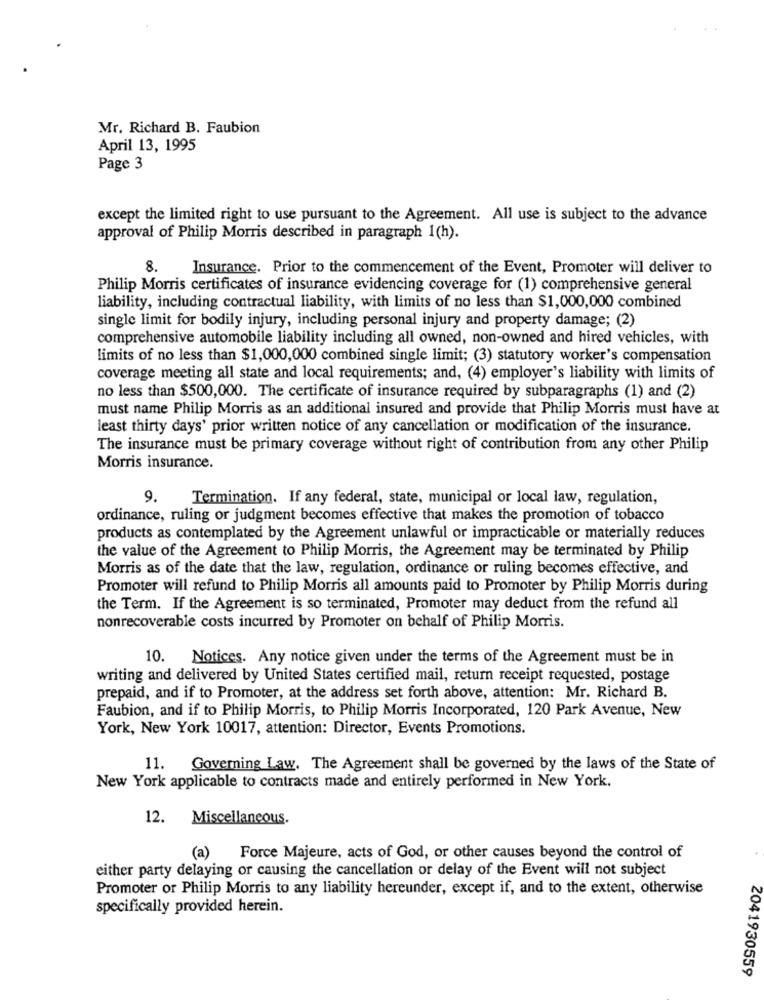
Mr. Richard B. Faubion
April 13, 1995
Page 3
except the limited right to use pursuant to the Agreement. All use is subject to the advance
approval of Philip Morris described in paragraph 1(h).
8.
Insurance. Prior to the commencement of the Event, Promoter will deliver to
Philip Morris certificates of insurance evidencing coverage for (1) comprehensive general
liability, including contractual liability, with limits of no less than $1,000,000 combined
single limit for bodily injury, including personal injury and property damage; (2)
comprehensive automobile liability including all owned, non-owned and hired vehicles, with
limits of no less than $1,000,000 combined single limit; (3) statutory worker's compensation
coverage meeting all state and local requirements; and, (4) employer's liability with limits of
no less than $500,000. The certificate of insurance required by subparagraphs (1) and (2)
must name Philip Morris as an additional insured and provide that Philip Morris must have at
least thirty days' prior written notice of any cancellation or modification of the insurance.
The insurance must be primary coverage without right of contribution from any other Philip
Morris insurance.
9.
Termination. If any federal, state, municipal or local law, regulation,
ordinance, ruling or judgment becomes effective that makes the promotion of tobacco
products as contemplated by the Agreement unlawful or impracticable or materially reduces
the value of the Agreement to Philip Morris, the Agreement may be terminated by Philip
Morris as of the date that the law, regulation, ordinance or ruling becomes effective, and
Promoter will refund to Philip Morris all amounts paid to Promoter by Philip Morris during
the Term. If the Agreement is so terminated, Promoter may deduct from the refund all
nonrecoverable costs incurred by Promoter on behalf of Philip Morris.
10. Notices. Any notice given under the terms of the Agreement must be in
writing and delivered by United States certified mail, return receipt requested, postage
prepaid, and if to Promoter, at the address set forth above, attention: Mr. Richard B.
Faubion, and if to Philip Morris, to Philip Morris Incorporated, 120 Park Avenue, New
York, New York 10017, attention: Director, Events Promotions.
11. Governing Law. The Agreement shall be governed by the laws of the State of
New York applicable to contracts made and entirely performed in New York.
12. Miscellaneous.
(a)
Force Majeure, acts of God, or other causes beyond the control of
either party delaying or causing the cancellation or delay of the Event will not subject
Promoter or Philip Morris to any liability hereunder, except if, and to the extent, otherwise
specifically provided herein.
2041930559